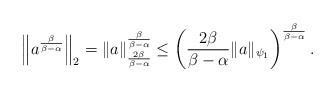
LaTeX: \begin{align*} \left\| a^{\frac{\beta}{\beta-\alpha}} \right\|_2 = \left\| a \right\|_{{\frac{2\beta}{\beta-\alpha}}}^{{\frac{\beta}{\beta-\alpha}}} \leq \left(\frac{2\beta}{\beta-\alpha} \| a \|_{\psi_1}\right)^{\frac{\beta}{\beta-\alpha}}. \end{align*}